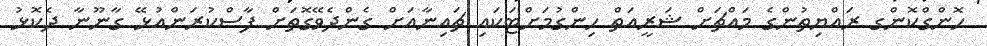
ހޮންގްކޮންގ ރައްޔިތުންގެ މައްޗަށް ޝަރީއަތް ހިންގުމަށްޓަކައި ޗައިނާއަށް ގެންދެވޭގޮތަށް ފާސްކުރަންއުޅޭ ގާނޫނާ ދެކޮޅު